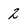
Character: 2